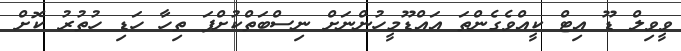
ވީވިލް ޑޫ އިޓް ކީއްވެގެންތަ އައްޑޫމީހުންނަށް ނިސްބަތްކުށްފަ ތިހާ ހަޑި ހުތުރު ކޮށް